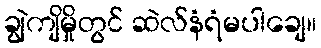
ချွဲကျိမှိုတွင် ဆဲလ်နံရံမပါချေ။